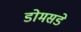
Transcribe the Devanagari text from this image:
डोमसडे